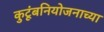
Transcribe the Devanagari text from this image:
कुटूंबनियोजनाच्या